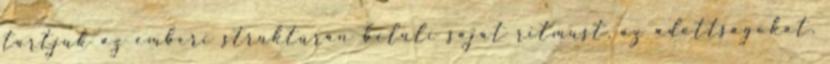
tartjuk az emberi struktúrán belüli saját ritmust, az adottságokat,